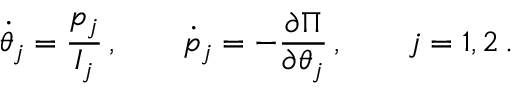
\dot { \theta } _ { j } = \frac { p _ { j } } { I _ { j } } \, , \qquad \dot { p } _ { j } = - \frac { \partial \Pi } { \partial \theta _ { j } } \, , \qquad j = 1 , 2 \, .